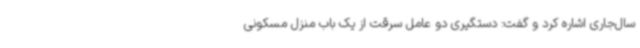
سال‌جاری اشاره کرد و گفت: دستگیری دو عامل سرقت از یک باب منزل مسکونی